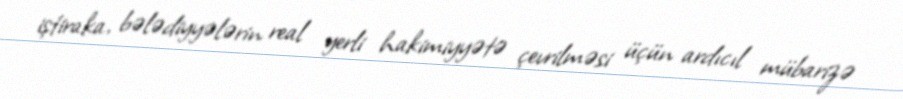
iştiraka, bələdiyyələrin real yerli hakimiyyətə çevrilməsi üçün ardıcıl mübarizə